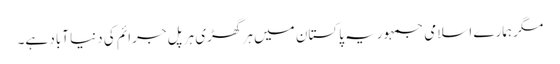
مگر ہمارے اسلامی جمہوریہ پاکستان میں ہر گھڑی ہر پل جرائم کی دنیا آباد ہے۔